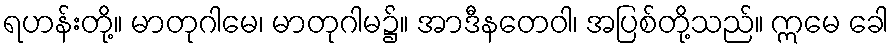
ရဟန်းတို့။ မာတုဂါမေ၊ မာတုဂါမ၌။ အာဒီနတေဝါ၊ အပြစ်တို့သည်။ ဣမေ ခေါ